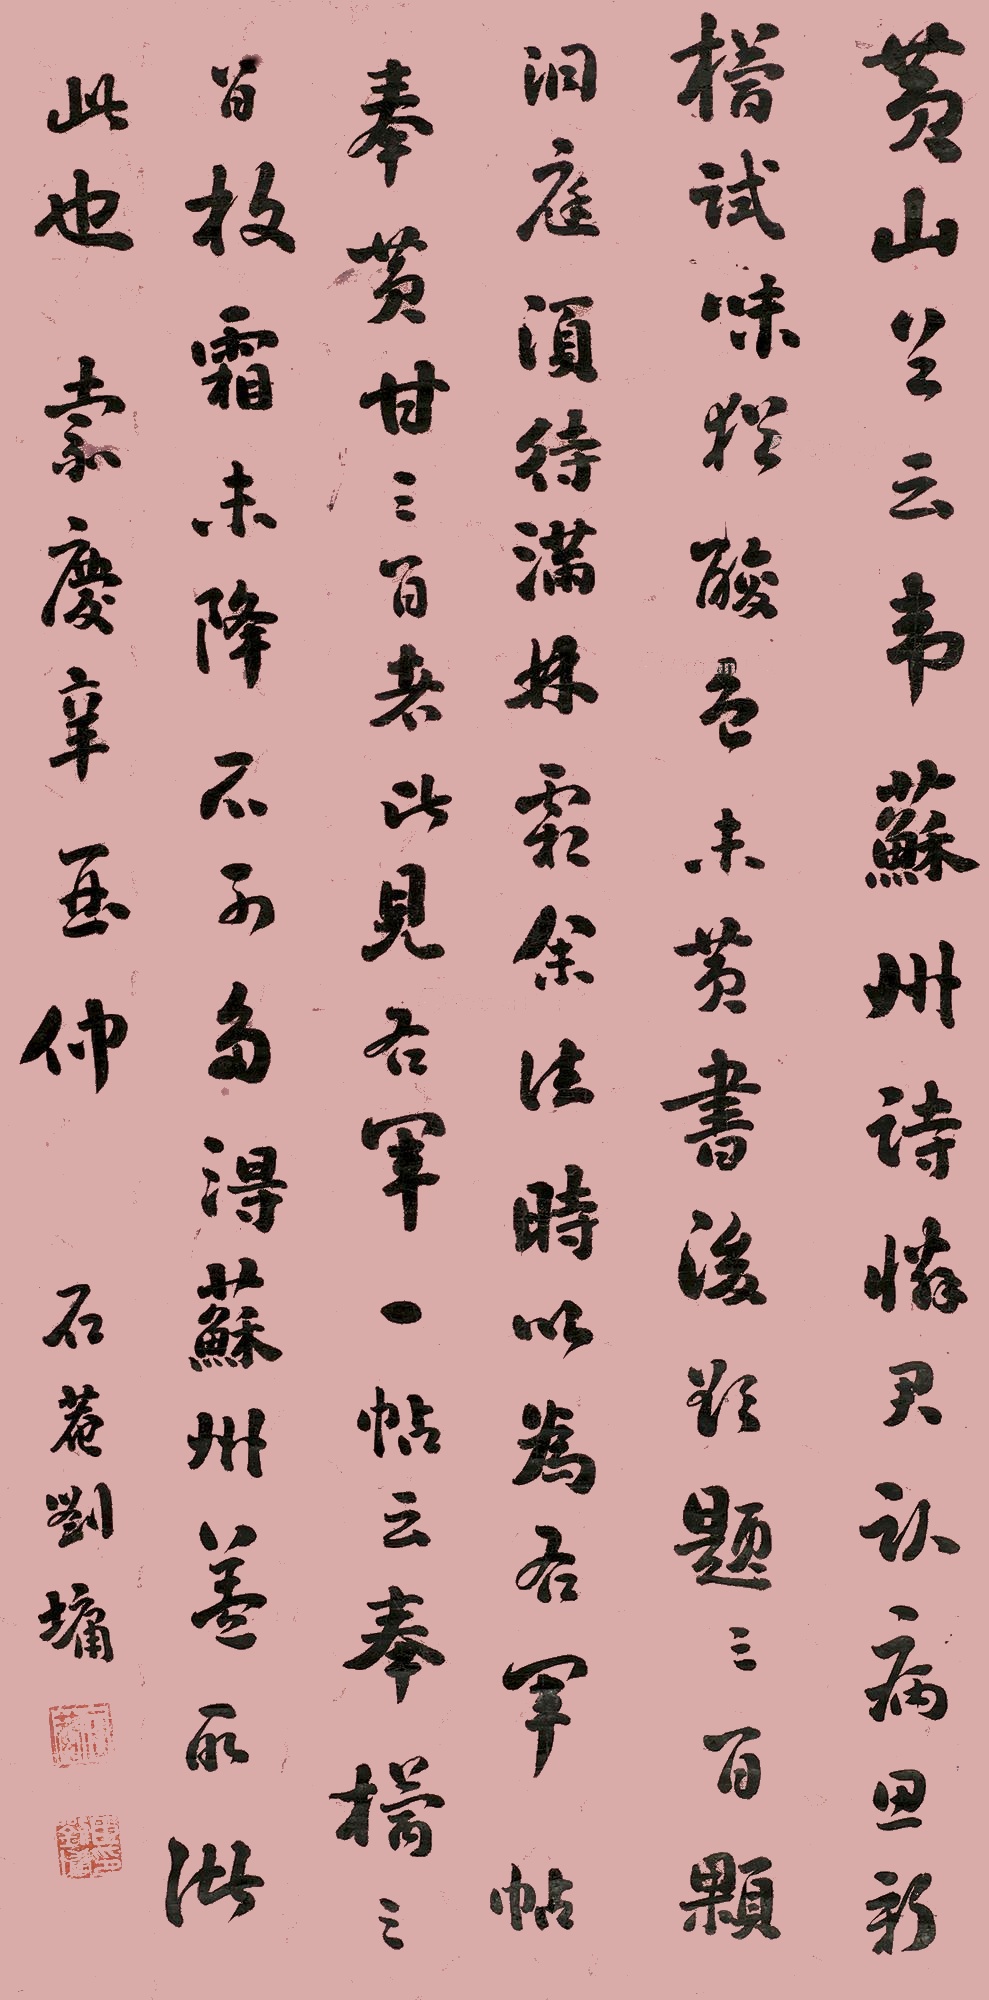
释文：黄山谷云：韦苏州诗：“怜君卧病思新橘，试味犹酸色未黄。书后欲题三百颗，洞庭须待满林霜。”余往时以为右军帖奉黄甘三百者，比见右军一帖云：“奉橘三百枚，霜未降，不可多得。”苏州盖取诸此也。嘉庆辛酉仲，石庵刘墉。